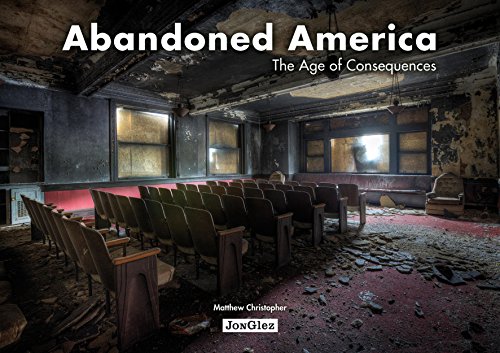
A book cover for Abandoned America: The Age of Consequences; Matthew Christopher; Arts & Photography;